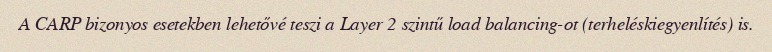
A CARP bizonyos esetekben lehetővé teszi a Layer 2 szintű load balancing-ot (terheléskiegyenlítés) is.